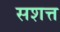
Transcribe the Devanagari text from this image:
सशत्त